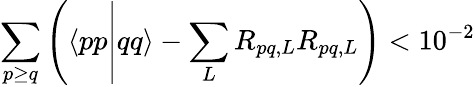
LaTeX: \sum_{p\ge q}\left(\langle pp\middle|qq\rangle-\sum_{L}R_{pq,L}R_{pq,L}\right)<10^{-2}